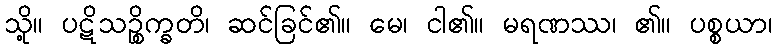
သို့။ ပဋိသဉ္စိက္ခတိ၊ ဆင်ခြင်၏။ မေ၊ ငါ၏။ မရဏဿ၊ ၏။ ပစ္စယာ၊